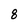
Character: 8